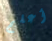
أعلم